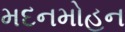
મદનમોહન